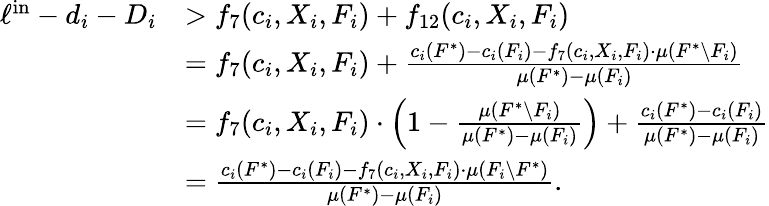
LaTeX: \begin{array}{rl}{\ell^{\mathrm{in}}-d_{i}-D_{i}}&{>f_{7}(c_{i},X_{i},F_{i})+f_{12}(c_{i},X_{i},F_{i})}\\ {}&{=f_{7}(c_{i},X_{i},F_{i})+\frac{c_{i}(F^{*})-c_{i}(F_{i})-f_{7}(c_{i},X_{i},F_{i})\cdot\mu(F^{*}\setminus F_{i})}{\mu(F^{*})-\mu(F_{i})}}\\ {}&{=f_{7}(c_{i},X_{i},F_{i})\cdot\left(1-\frac{\mu(F^{*}\setminus F_{i})}{\mu(F^{*})-\mu(F_{i})}\right)+\frac{c_{i}(F^{*})-c_{i}(F_{i})}{\mu(F^{*})-\mu(F_{i})}}\\ {}&{=\frac{c_{i}(F^{*})-c_{i}(F_{i})-f_{7}(c_{i},X_{i},F_{i})\cdot\mu(F_{i}\setminus F^{*})}{\mu(F^{*})-\mu(F_{i})}.}\end{array}